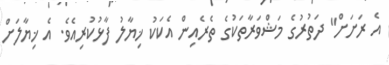
އެ ރަށަށް" ދަތުރުގެ މަޝްވަރާތަކުގެ ތެރެއިން އެކަކު ޚިޔާލު ފާޅުކުރިއެވެ. އެ ޚިޔާލަށް